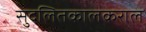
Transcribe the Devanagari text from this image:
सुदलितकालकराल